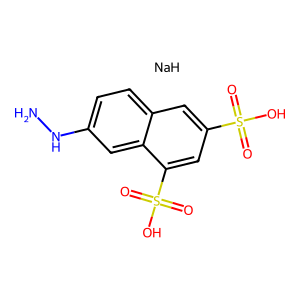
SMILES: NNc1ccc2cc(S(=O)(=O)O)cc(S(=O)(=O)O)c2c1.[NaH]
Inhibits HIV replication: No